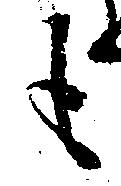
も